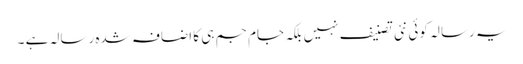
یہ رسالہ کوئی نئی تصنیف نہیں بلکہ جام جم ہی کا اضافہ شدہ رسالہ ہے ۔